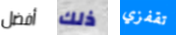
أفضل ذلك تقفزي